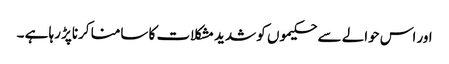
اور اس حوالے سے حکیموں کو شدید مشکلات کا سامنا کرناپڑ رہا ہے ۔